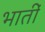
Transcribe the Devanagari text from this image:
भातीं